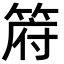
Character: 𮅟